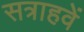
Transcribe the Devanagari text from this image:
सत्राहवें